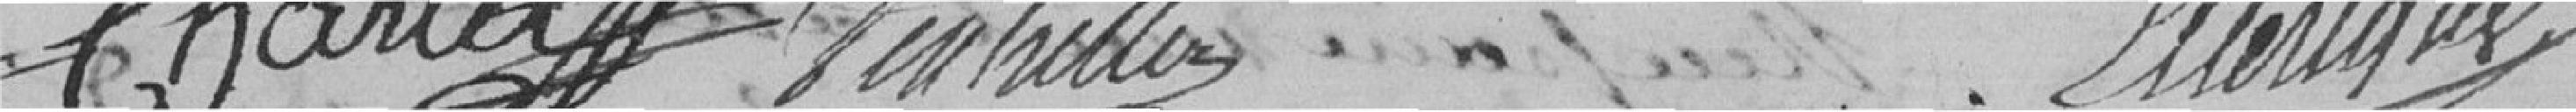
Charlet d'entrille emerique